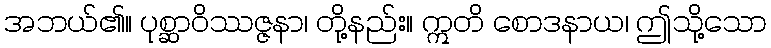
အဘယ်၏။ ပုစ္ဆာဝိဿဇ္ဇနာ၊ တို့နည်း။ ဣတိ စောဒနာယ၊ ဤသို့သော